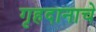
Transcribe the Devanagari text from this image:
गृहदानाचे